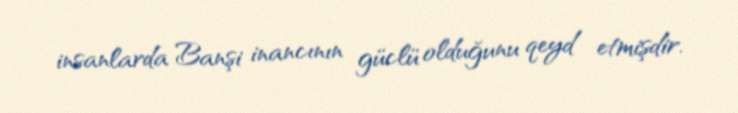
insanlarda Banşi inancının güclü olduğunu qeyd etmişdir.